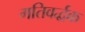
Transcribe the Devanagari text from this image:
गतिवर्द्धक